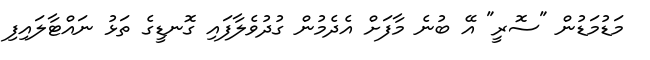
މަޑުމަޑުން "ސޮރީ" އޭ ބުނެ މާފަށް އެދެމުން ގުދުވެލާފައި ގޮނޑީގެ ތަޅު ނައްޓާލައިފި